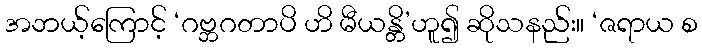
အဘယ့်ကြောင့် ‘ဂဗ္ဘဂတာပိ ဟိ မီယန္တိ’ဟူ၍ ဆိုသနည်း။ ‘ဇရာယ စ